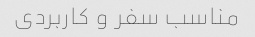
مناسب سفر و کاربردی